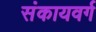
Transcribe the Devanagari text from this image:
संकायवर्ग